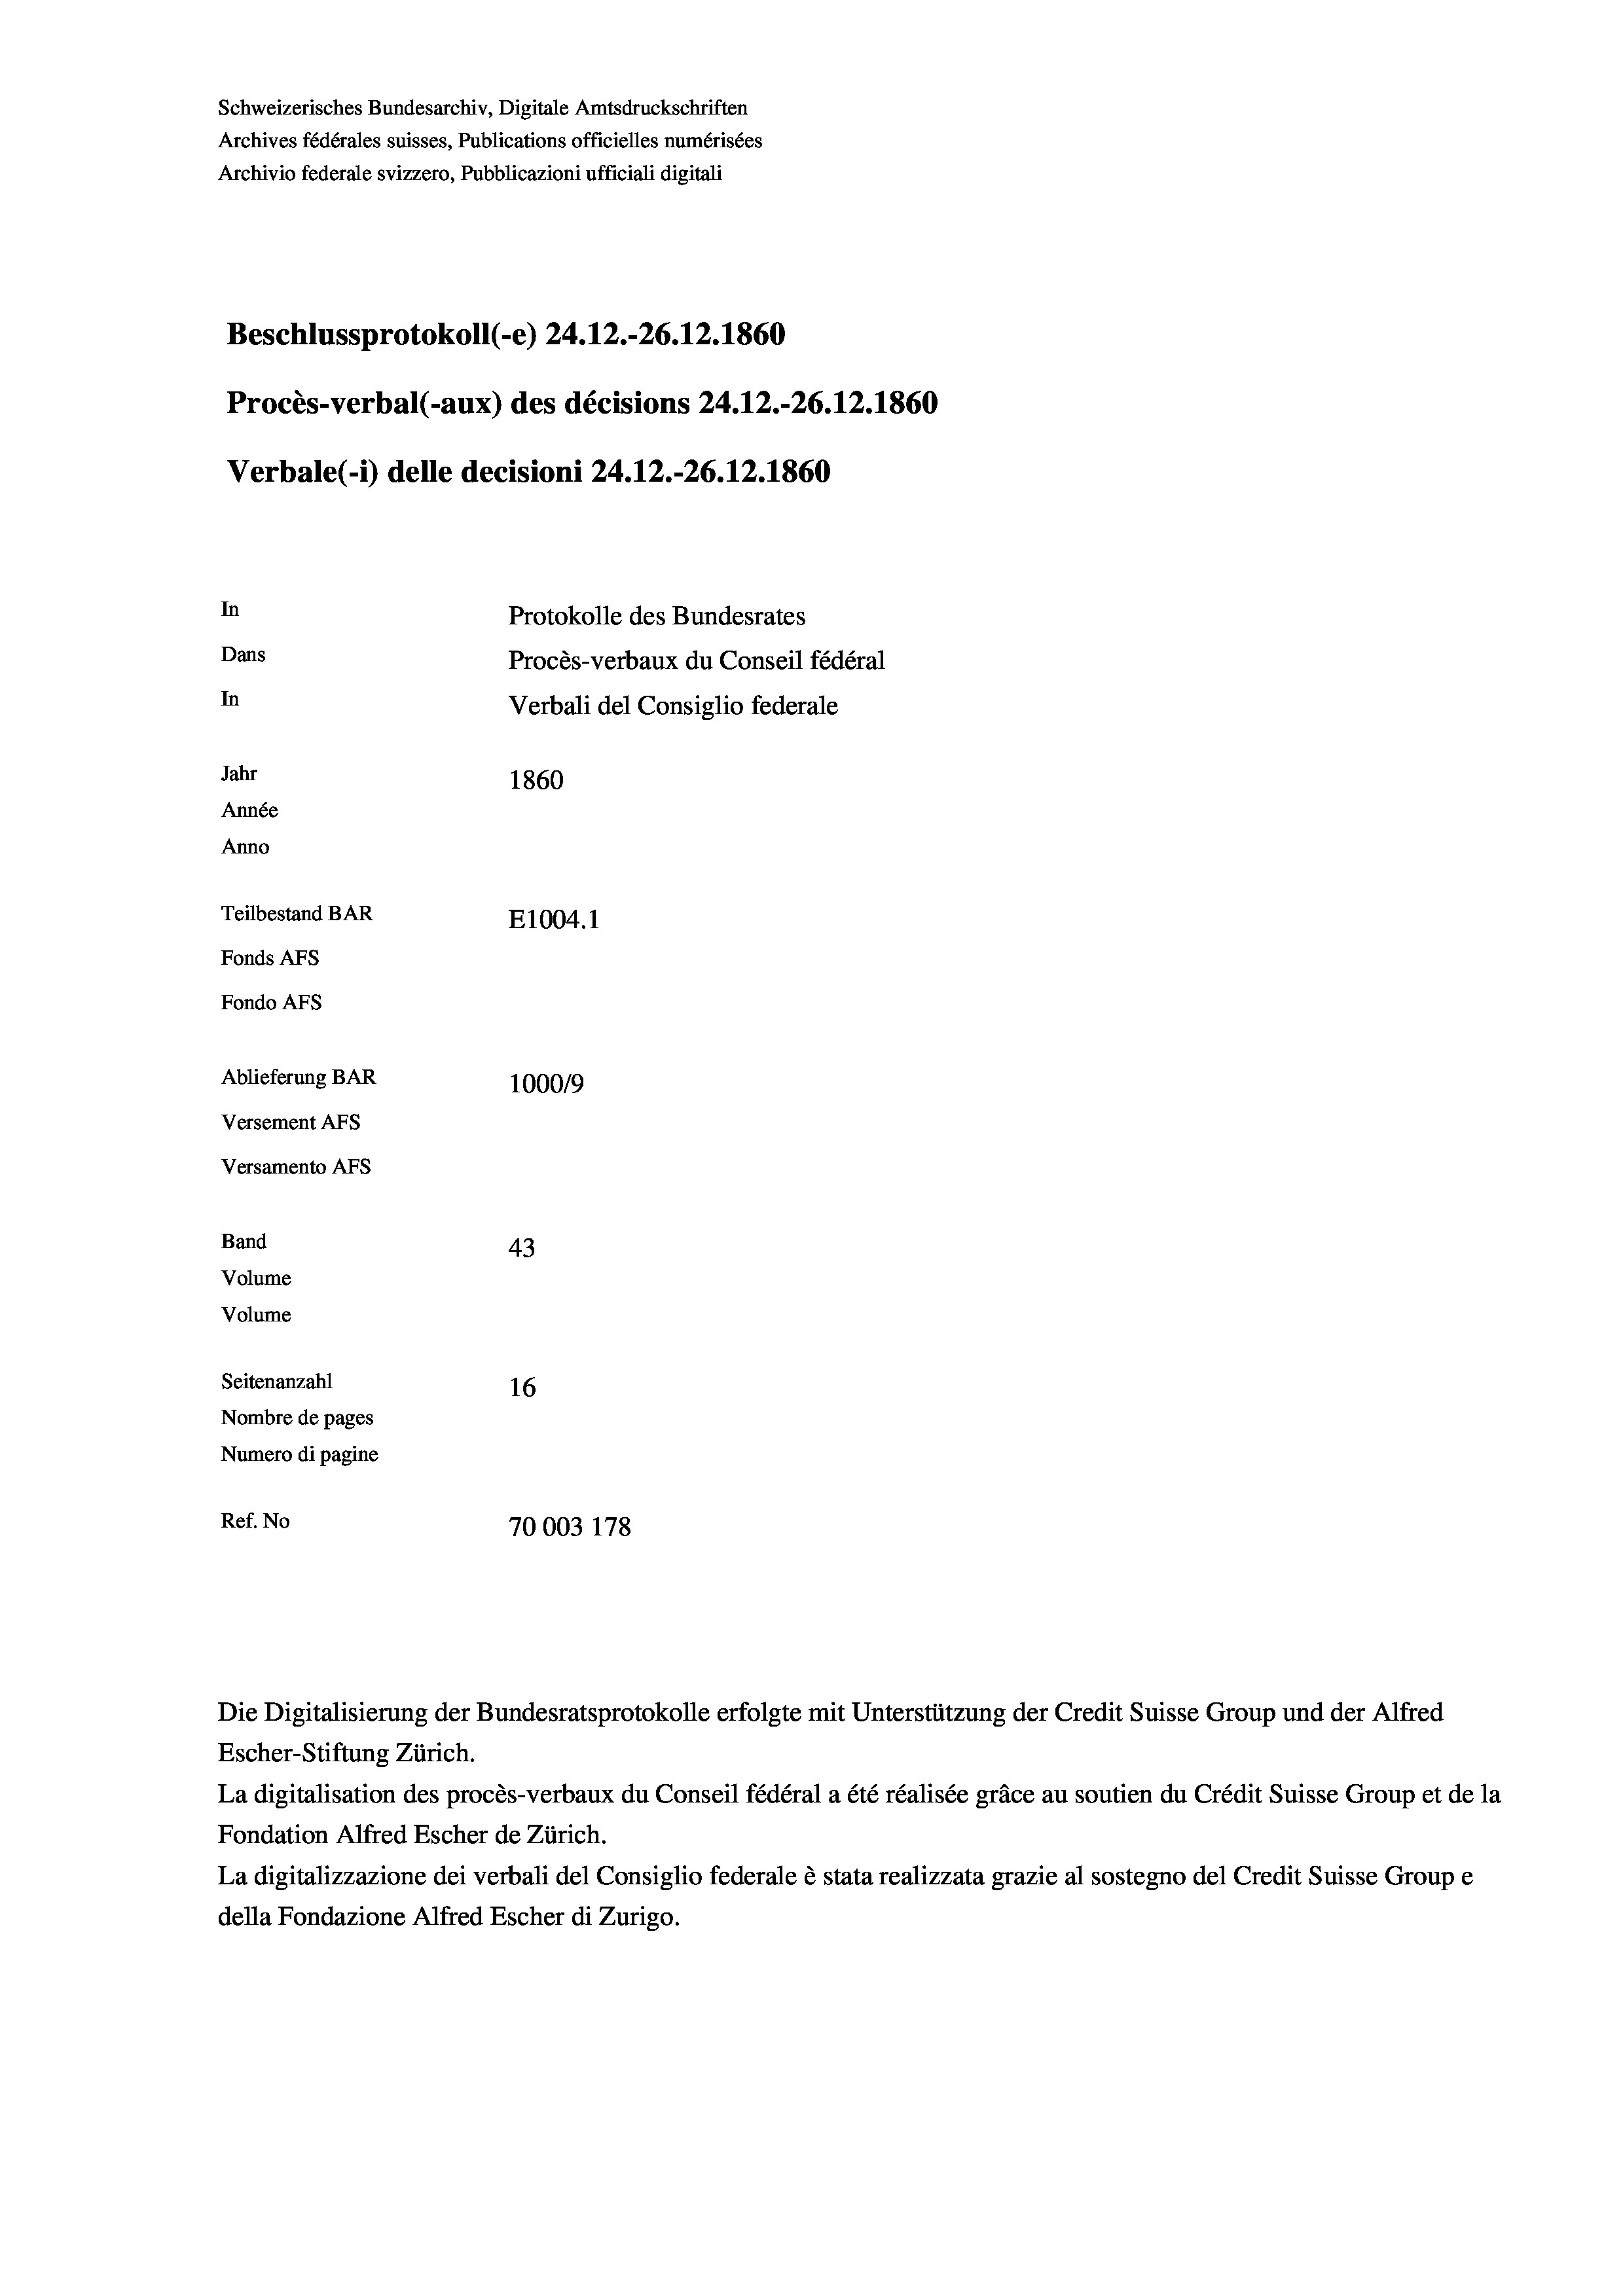
Schweizerisches Bundesarchiv, Digitale Amtsdruckschriften
Archives fédérales suisses, Publications officielles numérisées
Archivio federale svizzero, Pubblicazioni ufficiali digitali
Beschlussprotokoll (-e) 24.12.-26.12.1860
Procès-verbal (-aux) des décisions 24.12.-26.12.1860
Verbale(-*) delle decisioni 24.12.-26.12.1860
In
Protokolle des Bundesrates
Dans
Procès-verbaux du Conseil fédéral
In
Verbali del Consiglio federale
Jahr
1860
Année
Anno
Teilbestand BAR
E1004.1
Fonds AFs
Fondo AFS
Ablieferung BAR
100019
Versement AFs
Versamento Afs
Band
43
Volume
Volume
Seitenanzahl
16
Nombre de pages
Numero di pagine
Ref. No
70003 178

La digitalisation des procès-verbaux du Conseil fédéral a été réalisée gräce au soutien du Crédit Suisse Group et de la
Fondation Alfred Escher de Zürich.
La digitalizzazione dei verbali del Consiglio federale è stata realizzata grazie al sostegno del Credit Suisse Groupe
della Fondazione Alfred Escher di Zurigo.

Die Digitalisierung der Bundesratsprotokolle erfolgte mit Unterstützung der Credit Suisse Group und der Alfred
Escher-Stiftung Zürich.